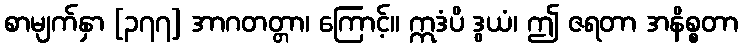
စာမျက်နှာ [၃၇၇] အာဂတတ္တာ၊ ကြောင့်။ ဣဒံပိ ဒွယံ၊ ဤ ဇရတာ အနိစ္စတာ